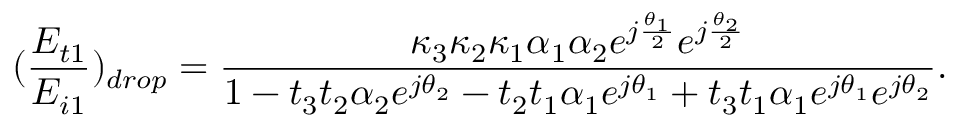
( \frac { E _ { t 1 } } { E _ { i 1 } } ) _ { d r o p } = \frac { \kappa _ { 3 } \kappa _ { 2 } \kappa _ { 1 } \alpha _ { 1 } \alpha _ { 2 } e ^ { j \frac { \theta _ { 1 } } { 2 } } e ^ { j \frac { \theta _ { 2 } } { 2 } } } { 1 - t _ { 3 } t _ { 2 } \alpha _ { 2 } e ^ { j \theta _ { 2 } } - t _ { 2 } t _ { 1 } \alpha _ { 1 } e ^ { j \theta _ { 1 } } + t _ { 3 } t _ { 1 } \alpha _ { 1 } e ^ { j \theta _ { 1 } } e ^ { j \theta _ { 2 } } } .